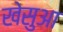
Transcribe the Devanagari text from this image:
खेसुआ